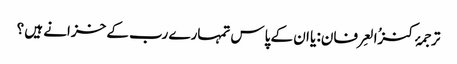
ترجمۂ کنزُالعِرفان: یا ان کے پاس تمہارے رب کے خزانے ہیں ؟